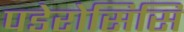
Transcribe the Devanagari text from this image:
पडेरोसिसि